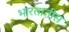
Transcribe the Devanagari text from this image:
भारतातीस